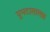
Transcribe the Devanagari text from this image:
घुमटासारखा